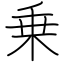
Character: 乗